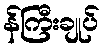
န်ကြီးချုပ်